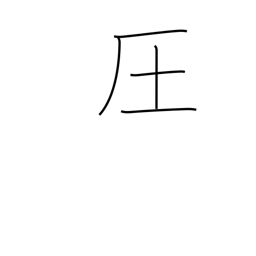
Meaning: dominate